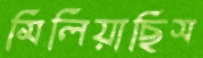
মিলিয়াছিস